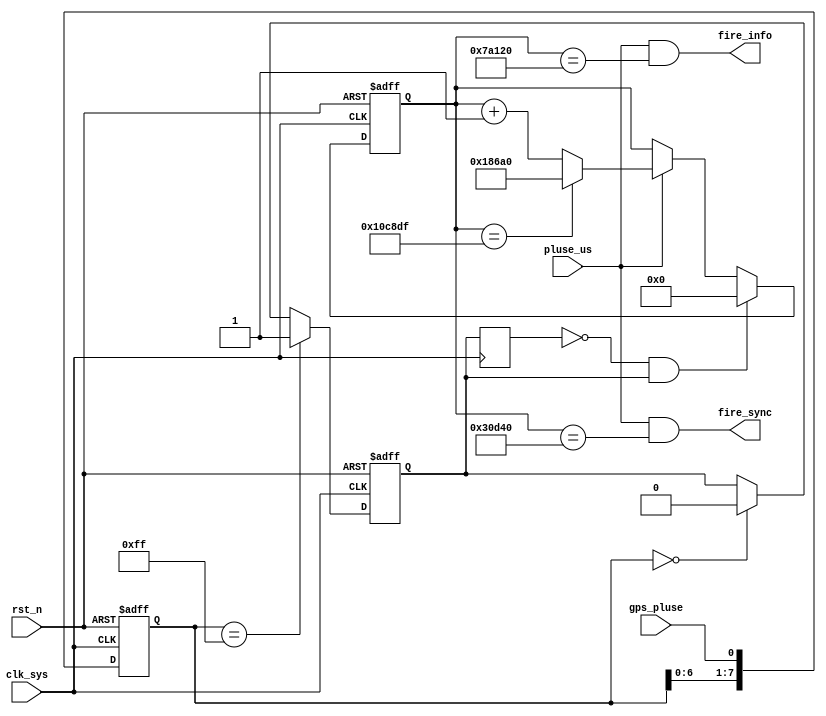
//syn_m_main.v

module syn_m_main(
fire_sync,
fire_info,
//gps info
gps_pluse,
//clk rst
clk_sys,
pluse_us,
rst_n
);
output	fire_sync;
output	fire_info;
//gps info
input		gps_pluse;
//clk rst
input clk_sys;
input pluse_us;
input rst_n;
//-------------------------------------------
//-------------------------------------------

//--------- pre handle of gps_pluse
reg [7:0] gps_pluse_reg;
always @ (posedge clk_sys or negedge rst_n)	begin
	if(~rst_n)
		gps_pluse_reg <= 8'h0;
	else 
		gps_pluse_reg <= {gps_pluse_reg[6:0],gps_pluse};
end
`ifdef SIM
wire gps_pluse_true = gps_pluse;
`else 
reg gps_pluse_true;
always @(posedge clk_sys or negedge rst_n)	begin
	if(~rst_n)
		gps_pluse_true <= 1'b0;
	else if(gps_pluse_reg == 8'hff)
		gps_pluse_true <= 1'b1;
	else if(gps_pluse_reg == 8'h0)
		gps_pluse_true <= 1'b0;
	else ;
end
`endif
reg gps_pluse_true_reg;
always @ (posedge clk_sys)
	gps_pluse_true_reg <= gps_pluse_true;
wire gps_pluse_true_r = (~gps_pluse_true_reg) & gps_pluse_true;
//wire gps_pluse_true_f = (gps_pluse_true_reg) & (~gps_pluse_true);



//-------------- main couter ------------
reg [21:0] cnt_us;
always @(posedge clk_sys or negedge rst_n)	begin
	if(~rst_n)
		cnt_us <= 22'h0;
	else if(gps_pluse_true_r)
		cnt_us <= 22'h0;
	else if(pluse_us) begin
`ifdef SIM
		if(cnt_us == 22'd119)
			cnt_us <= 22'd020;
		else 
			cnt_us <= cnt_us + 22'd1;
`else 
		if(cnt_us == 22'd1_099_999)
			cnt_us <= 22'd0_100_000;
		else 
			cnt_us <= cnt_us + 22'd1;
`endif
	end
	else ;
end
	
	
//--------- output -----------
wire fire_sync;
`ifdef SIM
assign fire_sync = pluse_us & (cnt_us == 22'd0_20);
`else 
assign fire_sync = pluse_us & (cnt_us == 22'd0_200_000);
`endif

wire fire_info;
`ifdef SIM
assign fire_info = pluse_us & (cnt_us == 22'd0_60);
`else 
assign fire_info = pluse_us & (cnt_us == 22'd0_500_000);
`endif

endmodule